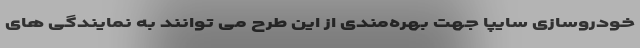
خودروسازی سایپا جهت بهره‌مندی از این طرح می توانند به نمایندگی های